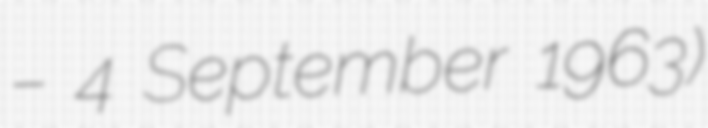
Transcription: – 4 September 1963)